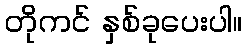
တိုကင် နှစ်ခုပေးပါ။